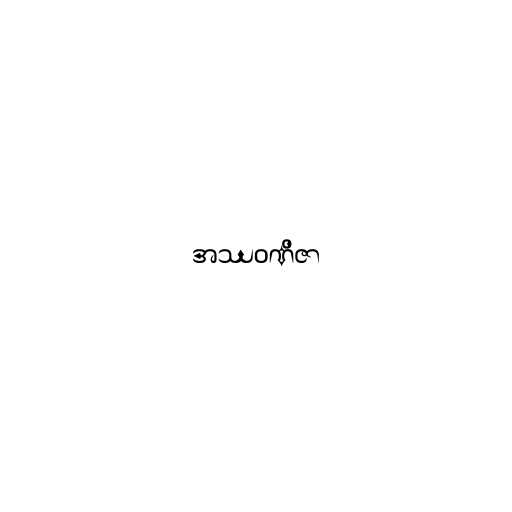
အဿဝဏိဇာ